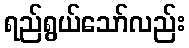
ရည်ရွယ်သော်လည်း